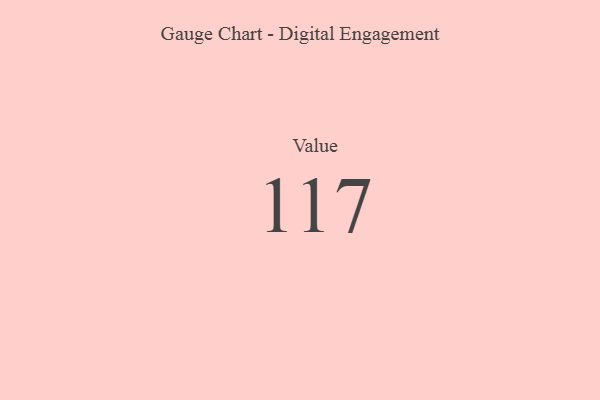
{"axis": {"x": "Metric", "y": "Value"}, "legend": [""], "data": [{"x": "Value", "y": 117, "type": ""}]}